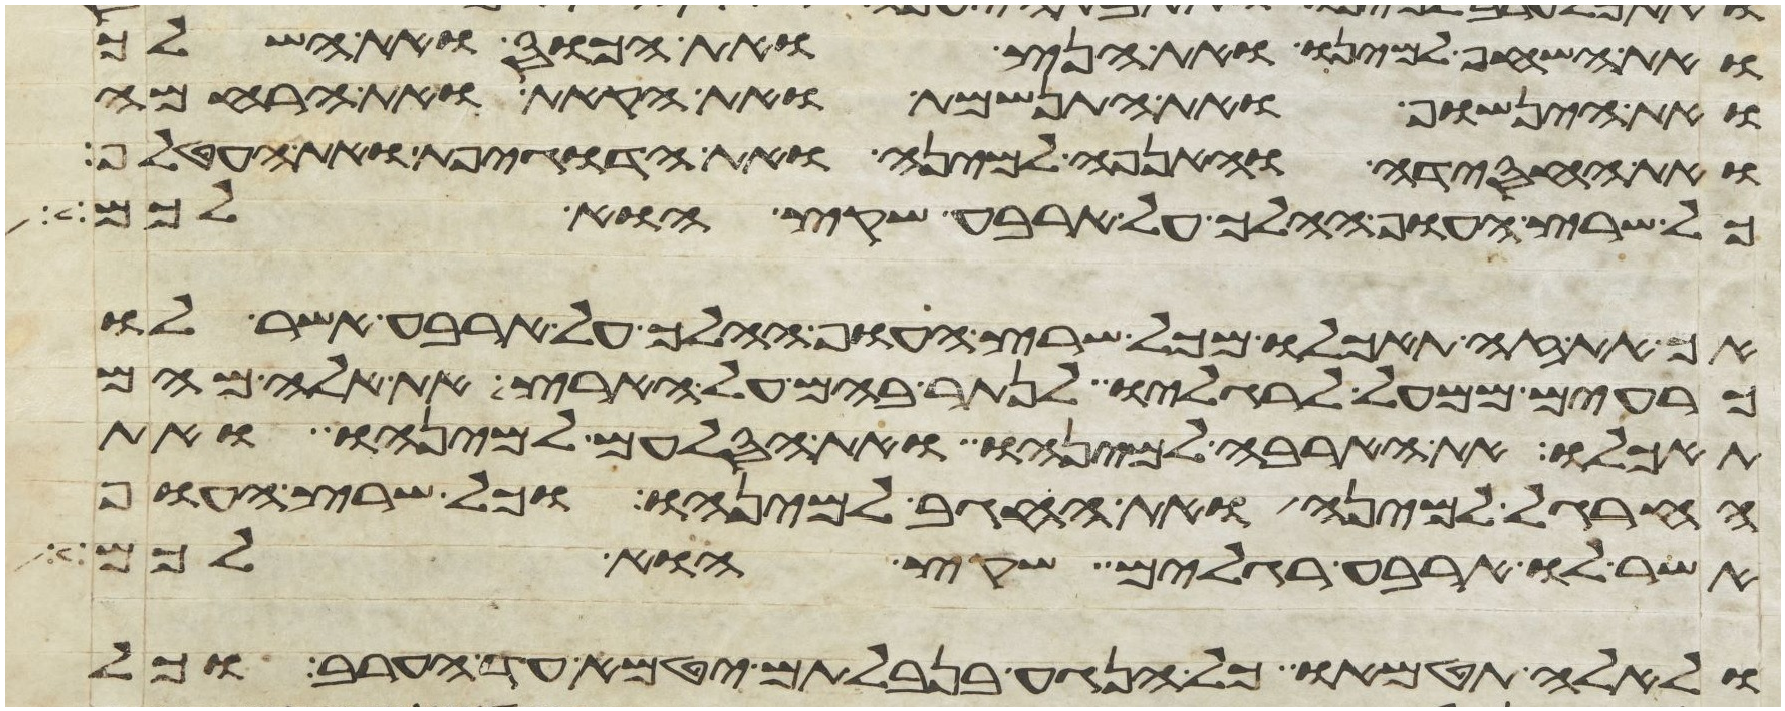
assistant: ואת השחף למינו ואת הנץ ואת הכוס ואת השלך
ואת הינשוף ואת התנשמת ואת הקאת ואת הרחמה
ואת החסידה והאנפה למינה ואת הדגיפת ואת העטלף
כל שרץ העוף ההלך על ארבע שקץ הוא לכם
אך את זה תאכלו מכל שרץ העוף ההלך על ארבע אשר לו
כרעים ממעל לרגליו לנתר בהם על הארץ את אלה מהם
תאכלו את הארבה למינהו ואת הסלעם למינהו ואת
החרגל למינה ואת החגב למינהו וכל שרץ העוף
אשר לו ארבע רגלים שקץ הוא לכם
ולאלה תטמאו כל הנגע בנבלתם יטמא עד הערב וכל